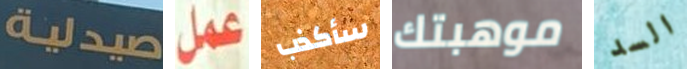
صيدلية عمل سأكذب موهبتك السد